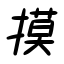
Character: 摸